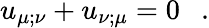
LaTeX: u_{\mu;\nu}+u_{\nu;\mu}=0~~~.